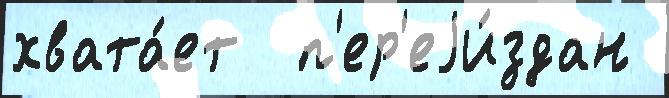
хвата́ет  п'ер'еjи́здан